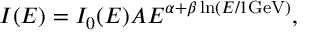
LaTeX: I ( E ) = I _ { 0 } ( E ) A E ^ { \alpha + \beta \ln ( E / 1 \mathrm { G e V } ) } ,